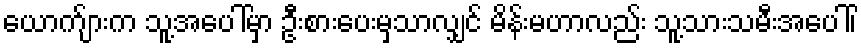
ယောက်ျားက သူ့အပေါ်မှာ ဦးစားပေးမှသာလျှင် မိန်းမဟာလည်း သူ့သားသမီးအပေါ်၊